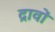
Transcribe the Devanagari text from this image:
द्रावों